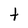
Character: t